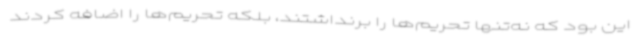
این بود که نه‌تنها تحریم‌ها را برنداشتند، بلکه تحریم‌ها را اضافه کردند